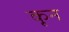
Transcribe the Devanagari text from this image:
कृन